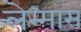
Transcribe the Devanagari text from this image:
लेम्मास